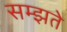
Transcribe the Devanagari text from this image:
सम्झते